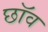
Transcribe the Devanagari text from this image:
छाॅव